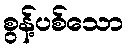
စွန့်ပစ်သော